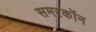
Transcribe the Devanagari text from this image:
समरकॉन